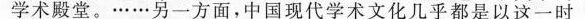
学术殿堂。……另一方面，中国现代学术文化几平都是以这一时